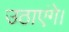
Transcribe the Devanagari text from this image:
उठाएंगे।